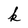
Character: k